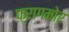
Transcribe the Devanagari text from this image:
फ़्रागमोर